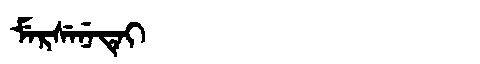
Manchu: ᠮᡝᡵᠰᡝᠨᡝᡨᡝᡳ
Romanization: MERSENETEI